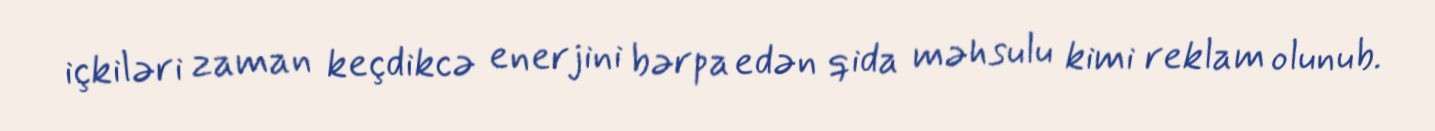
içkiləri zaman keçdikcə enerjini bərpa edən qida məhsulu kimi reklam olunub.